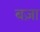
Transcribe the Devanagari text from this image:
बज़ा